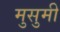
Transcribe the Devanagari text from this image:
मुसुमी